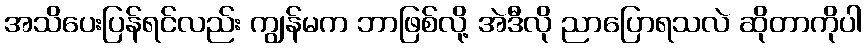
အသိပေးပြန်ရင်လည်း ကျွန်မက ဘာဖြစ်လို့ အဲဒီလို ညာပြောရသလဲ ဆိုတာကိုပါ